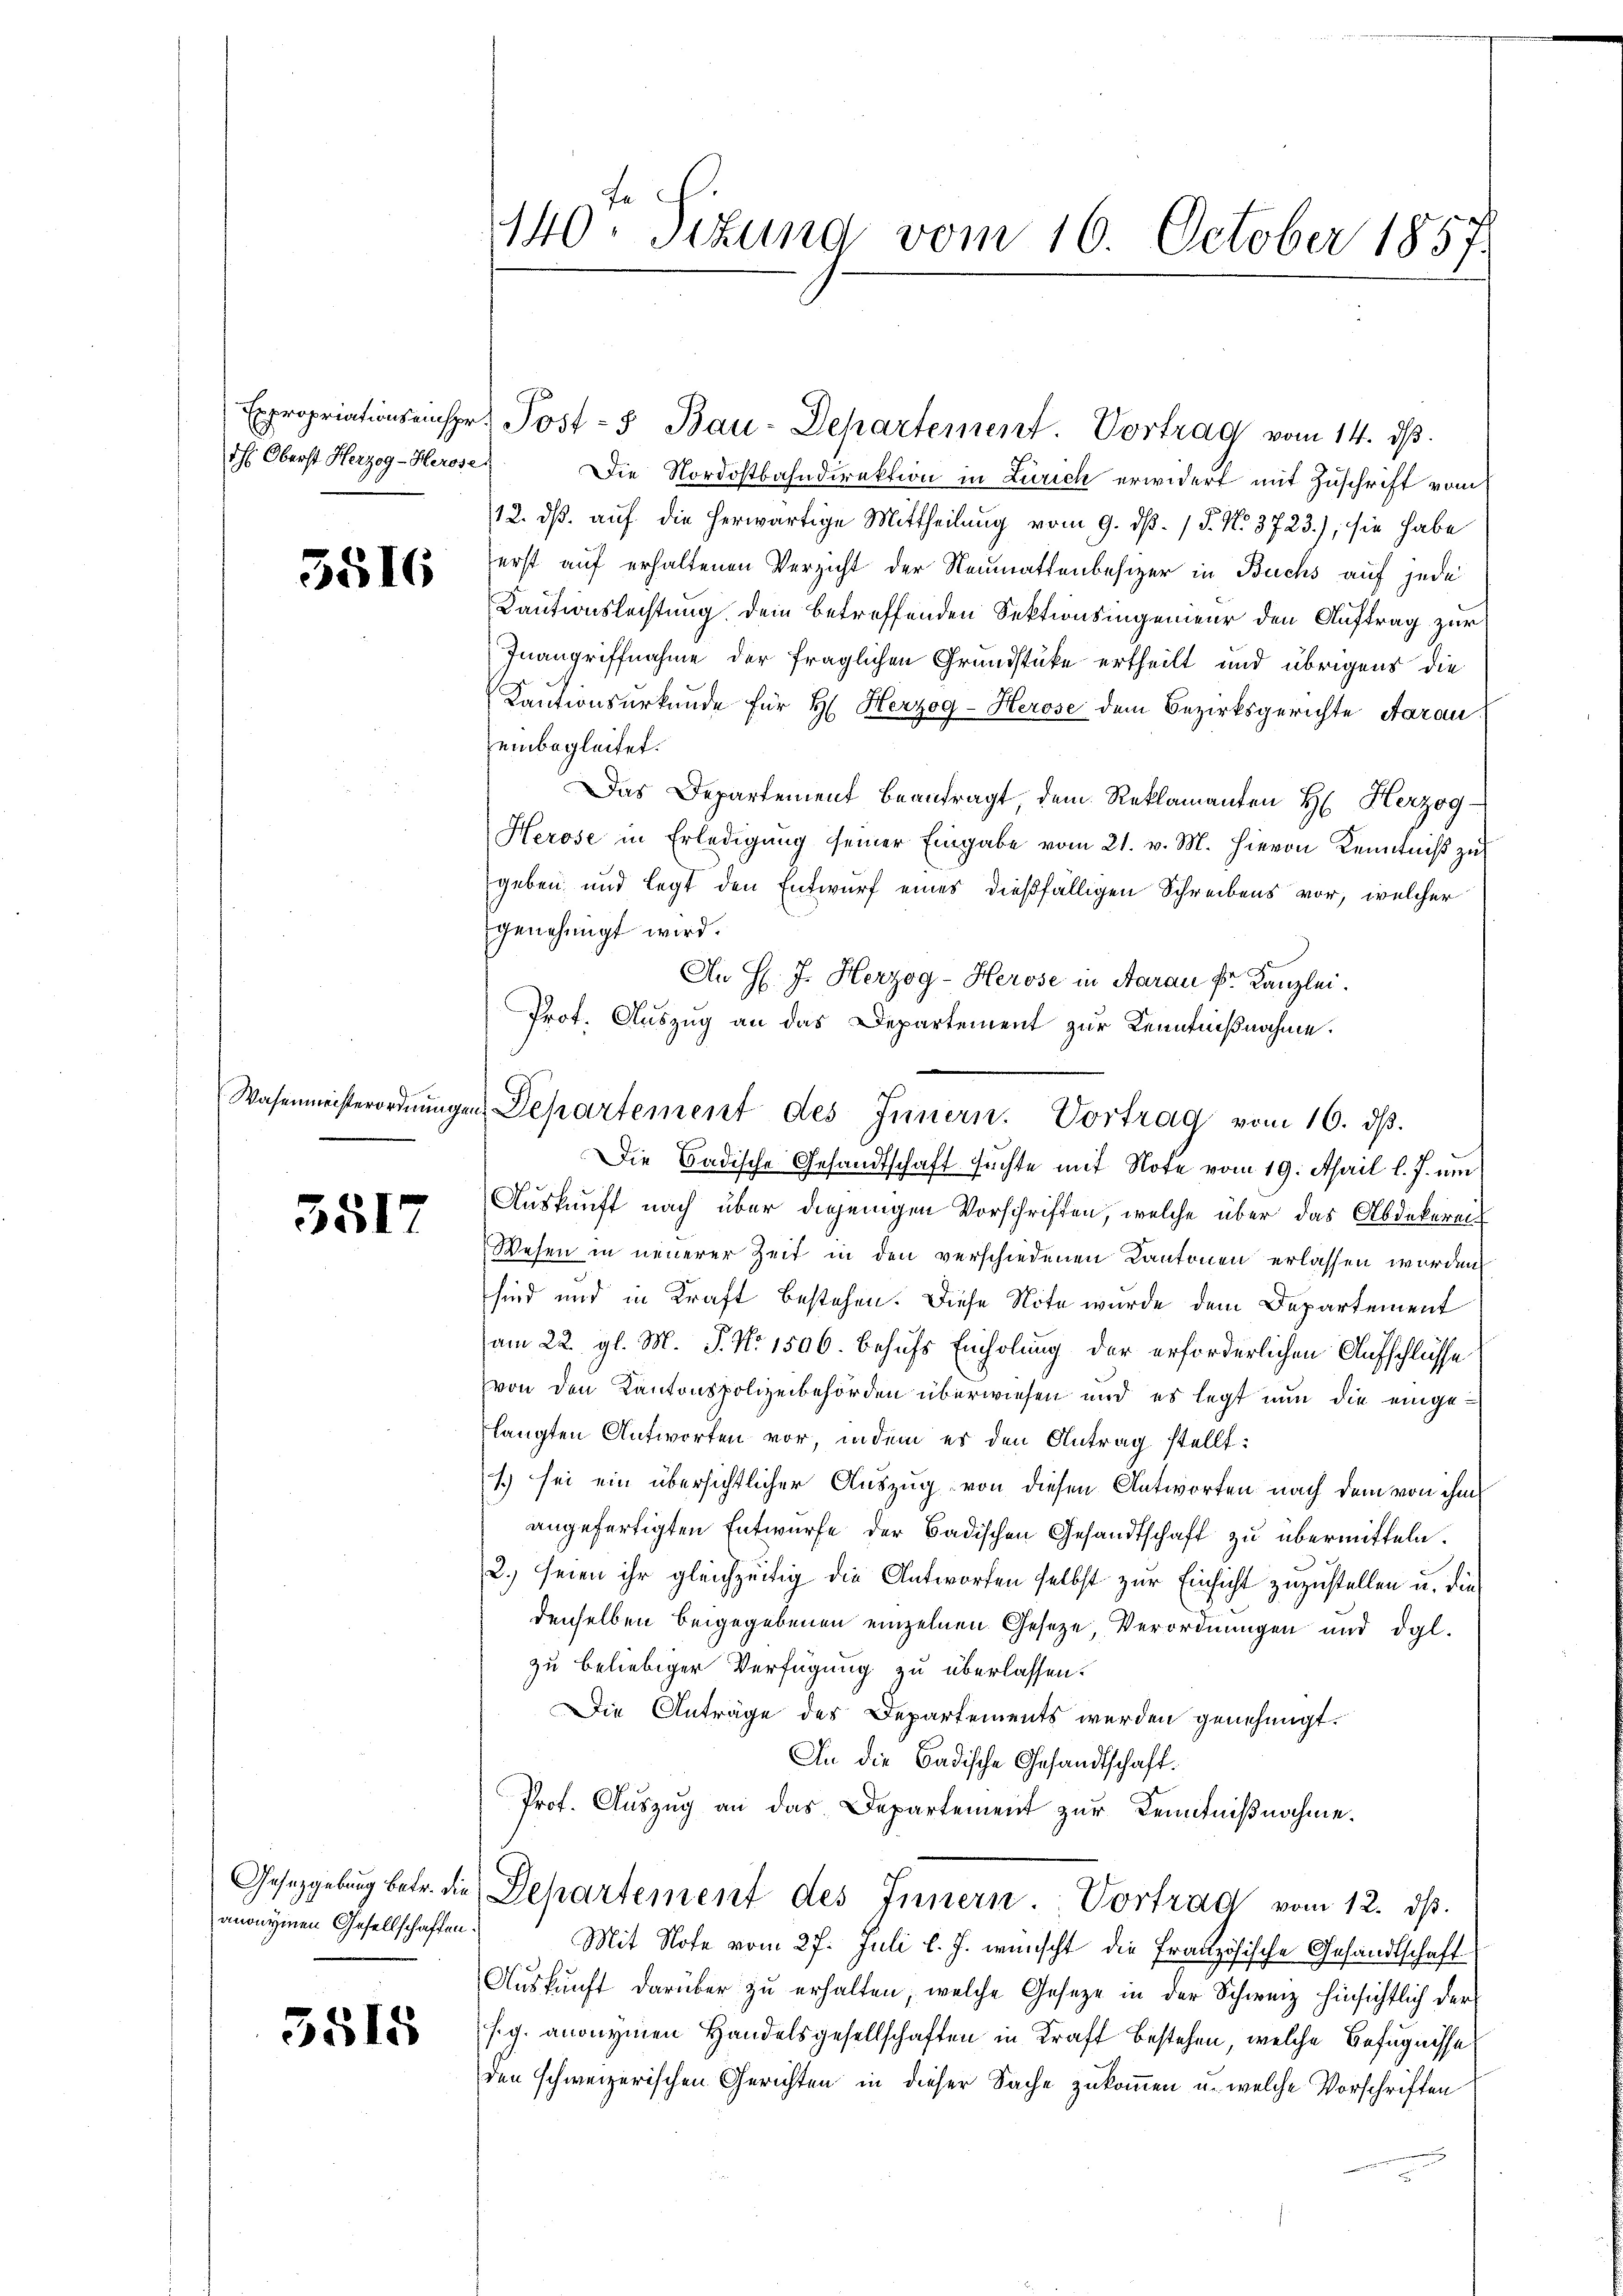
dh Oberst Herzog-Herose.

3516

Wasenmeisterordnung

3517

anonymen Gesellschaften

5518

Die Nordostbahndirektion in Zürich erwidert mit Zuschrift vom
12. dß. auf die herwärtige Mittheilung vom 9. dß. / P. No. 3723), sie habe
erst auf erhaltenen Verzicht der Neumattenbesizer in Buchs auf jede
Kautionslechtung Dein betreffenden Sektionsingenieur den Auftrag zur
Inangriffnahme der fraglichen Grundstücke ertheilt und übrigens die
Kautionsurkunde für H. Herzog-Herose dem Bezirksgerichte Aarau
einbegleitet.
Das Departement beantragt dem Reklamanten H. Herzog
Herose in Erledigung seiner Eingabe vom 21. v. M. hievon Kenntniß zu
geben und legt den Entwurf eines dießfälligen Schreibens vor, welcher
genehmigt wird.
An H. J. Herzog-Herose in Aarau Dr. Kanzlei.
Prot. Auszug an das Departement zur Kenntnißnahme.
Die Badische Gesandtschaft suchte mit Note vom 19. April l. J. um
Auskunft nach über diejenigen Vorschriften, welche über das Abdekerei¬
Wesen in neuerer Zeit in den verschiedenen Kantonen erlassen worden
sind und in Kraft bestehen. Diese Note wurde dem Departement
am 22. gl. M. P. Nr. 1506. behufs Einholung der erforderlichen Aufschlüsse
von den Kantonspolizeibehörden überwiesen und es legt nun die eingelangten Antworten vor, indem er den Antrag stellt:
1) sei ein übersichtlicher Auszug von diesen Antworten nach dem von ihm
angefertigten Entwurfe der Badischen Gesandtschaft zu übermitteln.
2. seien ihr gleichzeitig die Antworfen selbst zur Einsicht zuzustellen u. die
denselben beigegebenen einzelnen Geseze Verordnungen und dgl.
zu beliebiger Verfügung zu überlassen.
Die Anträge des Departements werden genehmigt.
An die Badische Gesandtschaft.
Prof. Auszug an das Departement zur Kenntnißnahme.
Gesetzgebung betr. die Departement des Innern Vortrag vom 12. ds.
Mit Note vom 27. Juli l. J. wünscht die Französische Gesandtschaft
Auskunft darüber zu erhalten, welche Gesetze in der Schweiz hinsichtlich der
sg. anonymen Handelsgesellschaften in Kraft bestehen, welche Befugnisse
den schweizerischen Gerichten in dieser Sache zukommen u. welche Vorschriften

140. Sitzung vom 16. October 1857.

Expropriationsanspr. Post- u Bau-Departement. Vortrag vom 14. dβ.

an Separtement des Innern. Vortrag vom 16. dß.